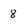
Character: 8